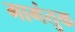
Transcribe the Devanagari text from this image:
मागंतुक